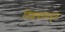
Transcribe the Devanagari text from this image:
निश्चयापासून